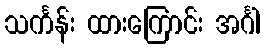
သင်္ကန်း ထားကြောင်း အင်္ဂါ